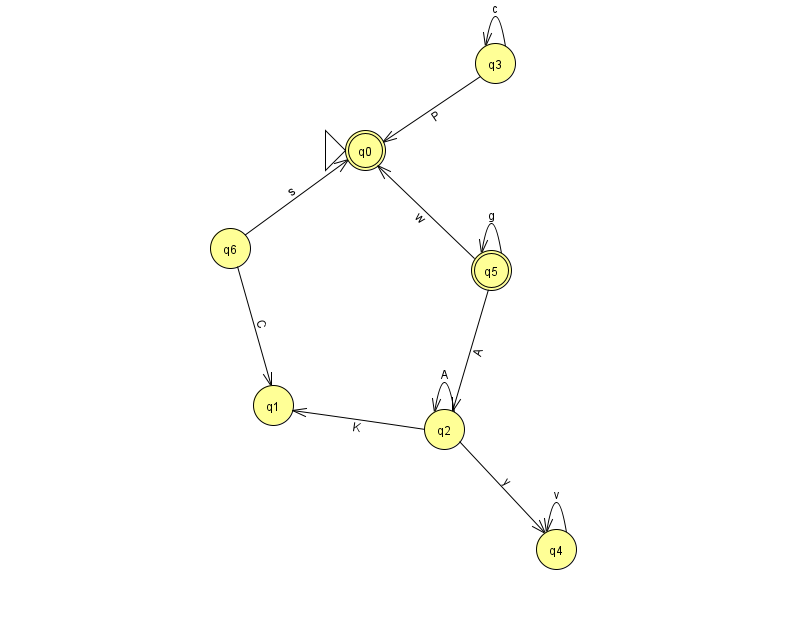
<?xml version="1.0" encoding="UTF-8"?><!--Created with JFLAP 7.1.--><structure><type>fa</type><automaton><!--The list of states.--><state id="0" name="q0"><x>365.0</x><y>137.0</y><initial/><final/></state><state id="1" name="q1"><x>273.0</x><y>392.0</y></state><state id="2" name="q2"><x>444.0</x><y>416.0</y></state><state id="3" name="q3"><x>495.0</x><y>50.0</y></state><state id="4" name="q4"><x>556.0</x><y>536.0</y></state><state id="5" name="q5"><x>491.0</x><y>257.0</y><final/></state><state id="6" name="q6"><x>230.0</x><y>235.0</y></state><!--The list of transitions.--><transition><from>2</from><to>2</to><read>A</read></transition><transition><from>5</from><to>2</to><read>A</read></transition><transition><from>6</from><to>1</to><read>C</read></transition><transition><from>3</from><to>3</to><read>c</read></transition><transition><from>2</from><to>1</to><read>K</read></transition><transition><from>4</from><to>4</to><read>v</read></transition><transition><from>2</from><to>4</to><read>y</read></transition><transition><from>5</from><to>0</to><read>w</read></transition><transition><from>5</from><to>5</to><read>g</read></transition><transition><from>3</from><to>0</to><read>P</read></transition><transition><from>6</from><to>0</to><read>s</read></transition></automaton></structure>